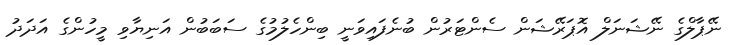
ނޭޕާލްގެ ނޭޝަނަލް އޮޕަރޭޝަން ސެންޓަރުން ބުނެފައިވަނީ ބިންހެލުމުގެ ސަބަބުން އަނިޔާވި މީހުންގެ އަދަދު